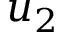
u _ { 2 }